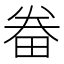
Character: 𤱵